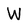
Character: W